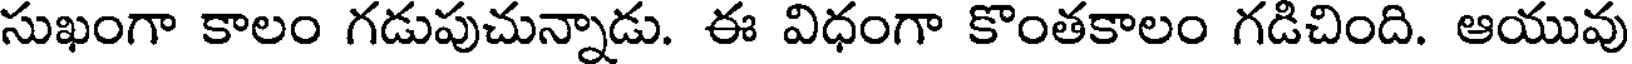
సుఖంగా కాలం గడుపుచున్నాడు. ఈ విధంగా కొంతకాలం గడిచింది. ఆయువు